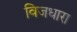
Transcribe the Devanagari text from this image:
विजधारा